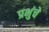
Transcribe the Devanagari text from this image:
प्रभुंचे